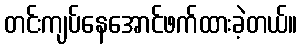
တင်းကျပ်နေအောင်ဖက်ထားခဲ့တယ်။